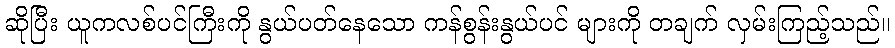
ဆိုပြီး ယူကလစ်ပင်ကြီးကို နွယ်ပတ်နေသော ကန်စွန်းနွယ်ပင် များကို တချက် လှမ်းကြည့်သည်။